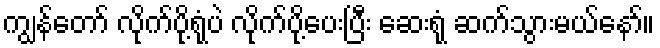
ကျွန်တော် လိုက်ပို့ရုံပဲ လိုက်ပို့ပေးပြီး ဆေးရုံ ဆက်သွားမယ်နော်။